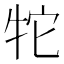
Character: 㸰